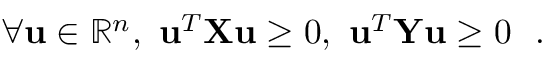
\forall \mathbf { u } \in \mathbb { R } ^ { n } , \ \mathbf { u } ^ { T } \mathbf { X } \mathbf { u } \geq 0 , \ \mathbf { u } ^ { T } \mathbf { Y } \mathbf { u } \geq 0 \ \mathrm { ~ . ~ }